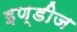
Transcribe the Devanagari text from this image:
इण्डीज